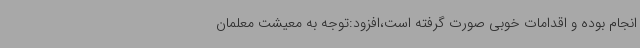
انجام بوده و اقدامات خوبی صورت گرفته است،افزود:توجه به معیشت معلمان